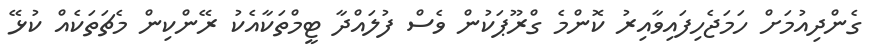
ގެންދިއުމަށް ހަމަޖެހިފައިވާއިރު ކޮންމެ ގްރޫޕަކުން ވެސް ފުލައްދާ ޓީމްތަކާއެކު ރޭންކިން މެޗަތަކެއް ކުޅޭ